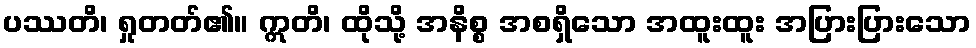
ပဿတိ၊ ရှုတတ်၏။ ဣတိ၊ ထိုသို့ အနိစ္စ အစရှိသော အထူးထူး အပြားပြားသော